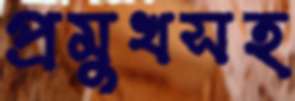
প্রমুখসহ